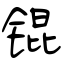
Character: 锟